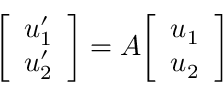
{ \left[ \begin{array} { l } { u _ { 1 } ^ { \prime } } \\ { u _ { 2 } ^ { \prime } } \end{array} \right] } = A { \left[ \begin{array} { l } { u _ { 1 } } \\ { u _ { 2 } } \end{array} \right] }